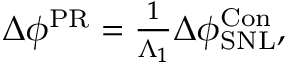
\begin{array} { r } { \Delta \phi ^ { \mathrm { { P R } } } = \frac { 1 } { \Lambda _ { 1 } } \Delta \phi _ { \mathrm { { S N L } } } ^ { \mathrm { { C o n } } } , } \end{array}